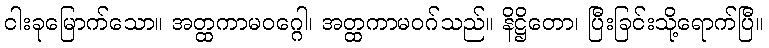
ငါးခုမြောက်သော။ အတ္ထကာမဝဂ္ဂေါ၊ အတ္ထကာမဝဂ်သည်။ နိဋ္ဌိတော၊ ပြီးခြင်းသို့ရောက်ပြီ။